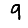
Digit: 9